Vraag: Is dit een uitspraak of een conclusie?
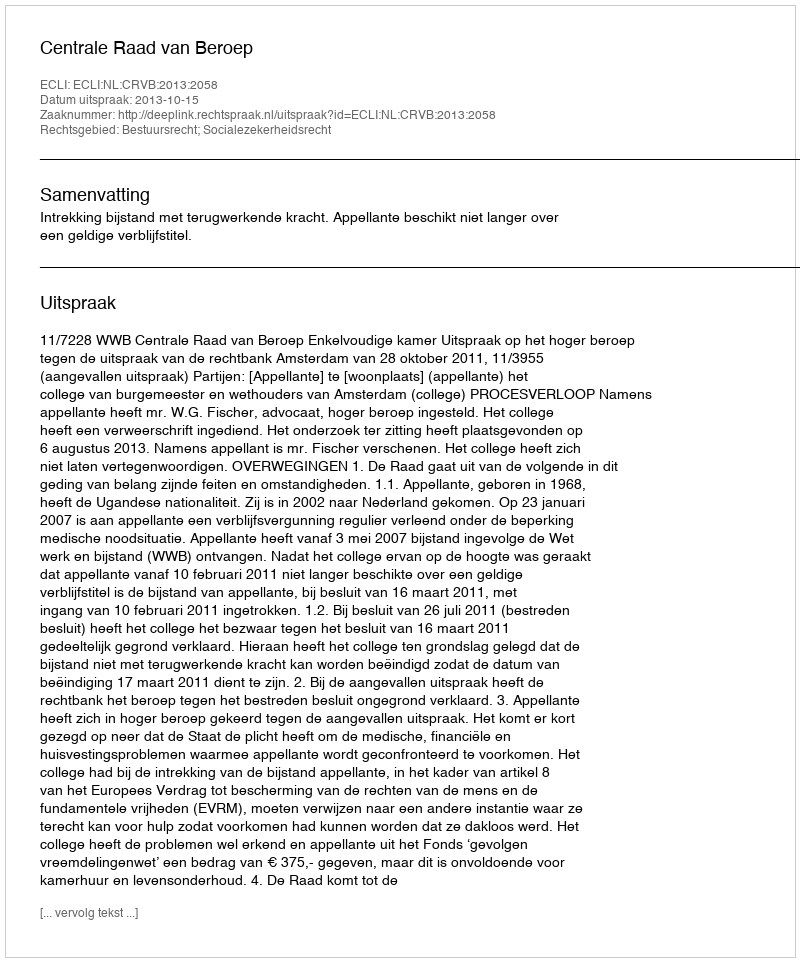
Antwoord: Uitspraak